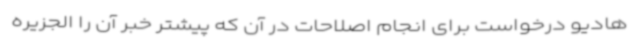
هادیو درخواست برای انجام اصلاحات در آن که پیشتر خبر آن را الجزیره